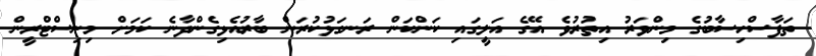
ތަފާސްހިސާބުގެ މިންވަރު އިތުރުވެ އޭގެ އަލީގައި ކަންކަން ރަނގަޅުކުރަން ބާރުއެޅިގެންދާނެ ކަމަށް މިނިސްޓްރީން